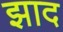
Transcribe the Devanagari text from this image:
झाद